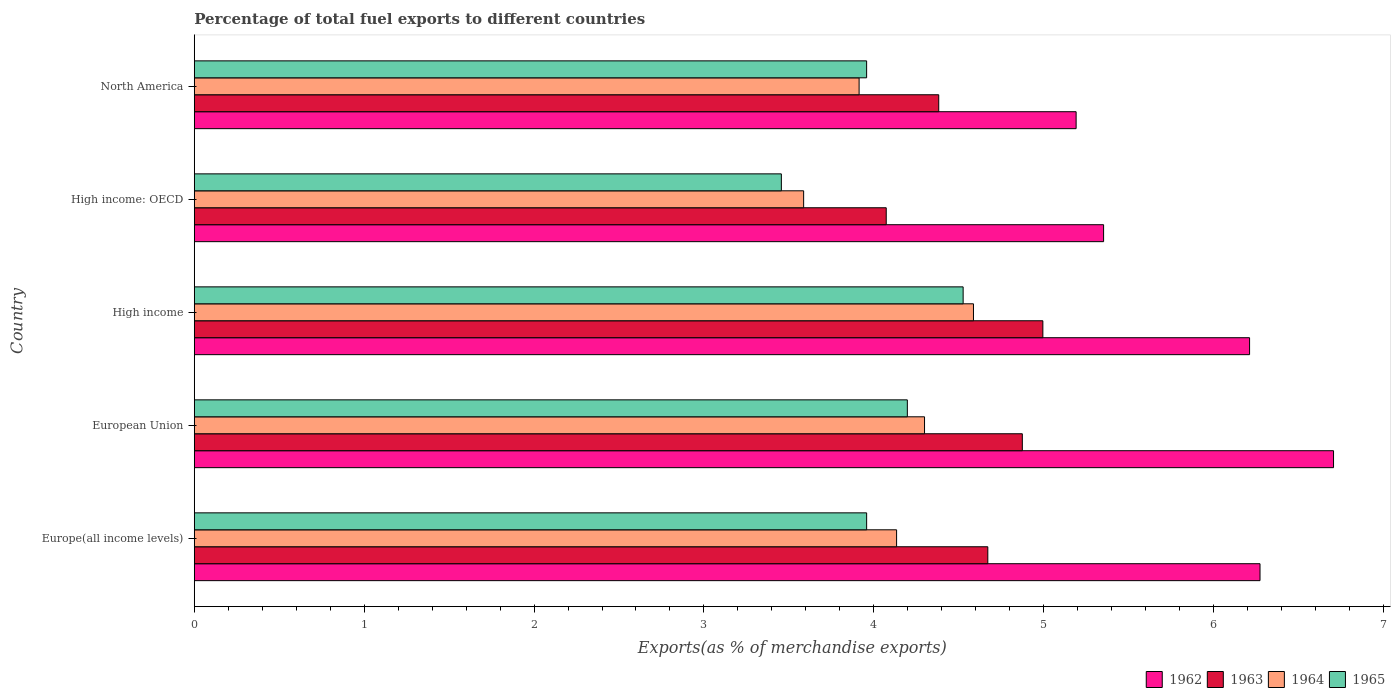
| Country | 1962 | 1963 | 1964 | 1965 |
 | --- | --- | --- | --- | --- |
 | Europe(all income levels) | 6.27 | 4.67 | 4.13 | 3.96 |
 | European Union | 6.71 | 4.87 | 4.3 | 4.2 |
 | High income | 6.21 | 5 | 4.59 | 4.53 |
 | High income: OECD | 5.35 | 4.07 | 3.59 | 3.46 |
 | North America | 5.19 | 4.38 | 3.91 | 3.96 |